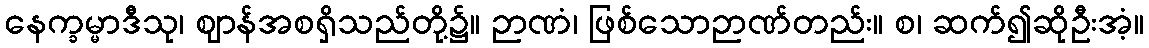
နေက္ခမ္မာဒီသု၊ ဈာန်အစရှိသည်တို့၌။ ဉာဏံ၊ ဖြစ်သောဉာဏ်တည်း။ စ၊ ဆက်၍ဆိုဦးအံ့။